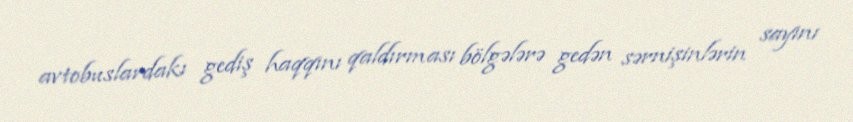
avtobuslardakı gediş haqqını qaldırması bölgələrə gedən sərnişinlərin sayını